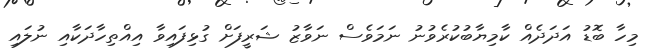
މިހާ ބޮޑު އަދަދެއް ކާމިޔާބުކުރެވުނު ނަމަވެސް ނަވާޒު ޝަރީފަށް ގުޅިފައިވާ އިއްތިހާދަކާއި ނުލައި